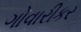
ગોવારીકર